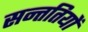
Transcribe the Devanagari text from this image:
सन्ततियों